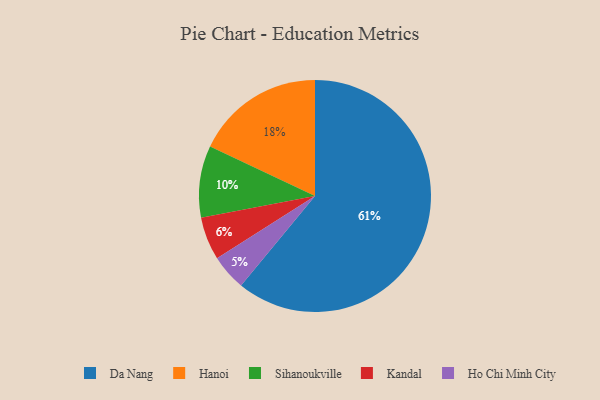
{"axis": {"x": "Category", "y": "Percentage"}, "legend": ["Da Nang", "Hanoi", "Ho Chi Minh City", "Kandal", "Sihanoukville"], "data": [{"x": "Hanoi", "y": 18, "type": "Hanoi"}, {"x": "Da Nang", "y": 61, "type": "Da Nang"}, {"x": "Sihanoukville", "y": 10, "type": "Sihanoukville"}, {"x": "Ho Chi Minh City", "y": 5, "type": "Ho Chi Minh City"}, {"x": "Kandal", "y": 6, "type": "Kandal"}]}